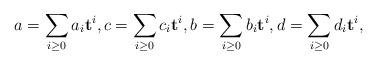
LaTeX: \begin{align*}a=\sum_{i \ge 0} a_i{\bf t}^i, c=\sum_{i \ge 0} c_i{\bf t}^i, b=\sum_{i \ge 0} b_i{\bf t}^i, d=\sum_{i \ge 0} d_i{\bf t}^i,\end{align*}